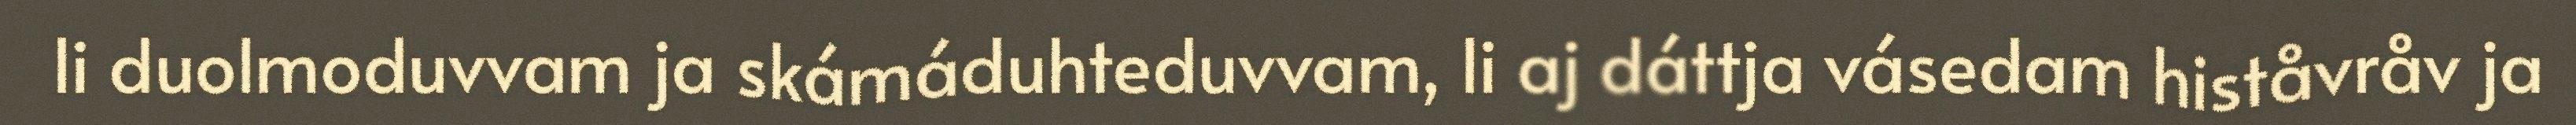
li duolmoduvvam ja skámáduhteduvvam, li aj dáttja vásedam histåvråv ja